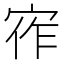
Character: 宱